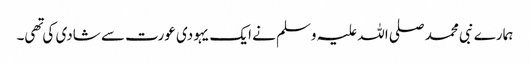
ہمارے نبی محمد صلی اللہ علیہ وسلم نے ایک یہودی عورت سے شادی کی تهی۔